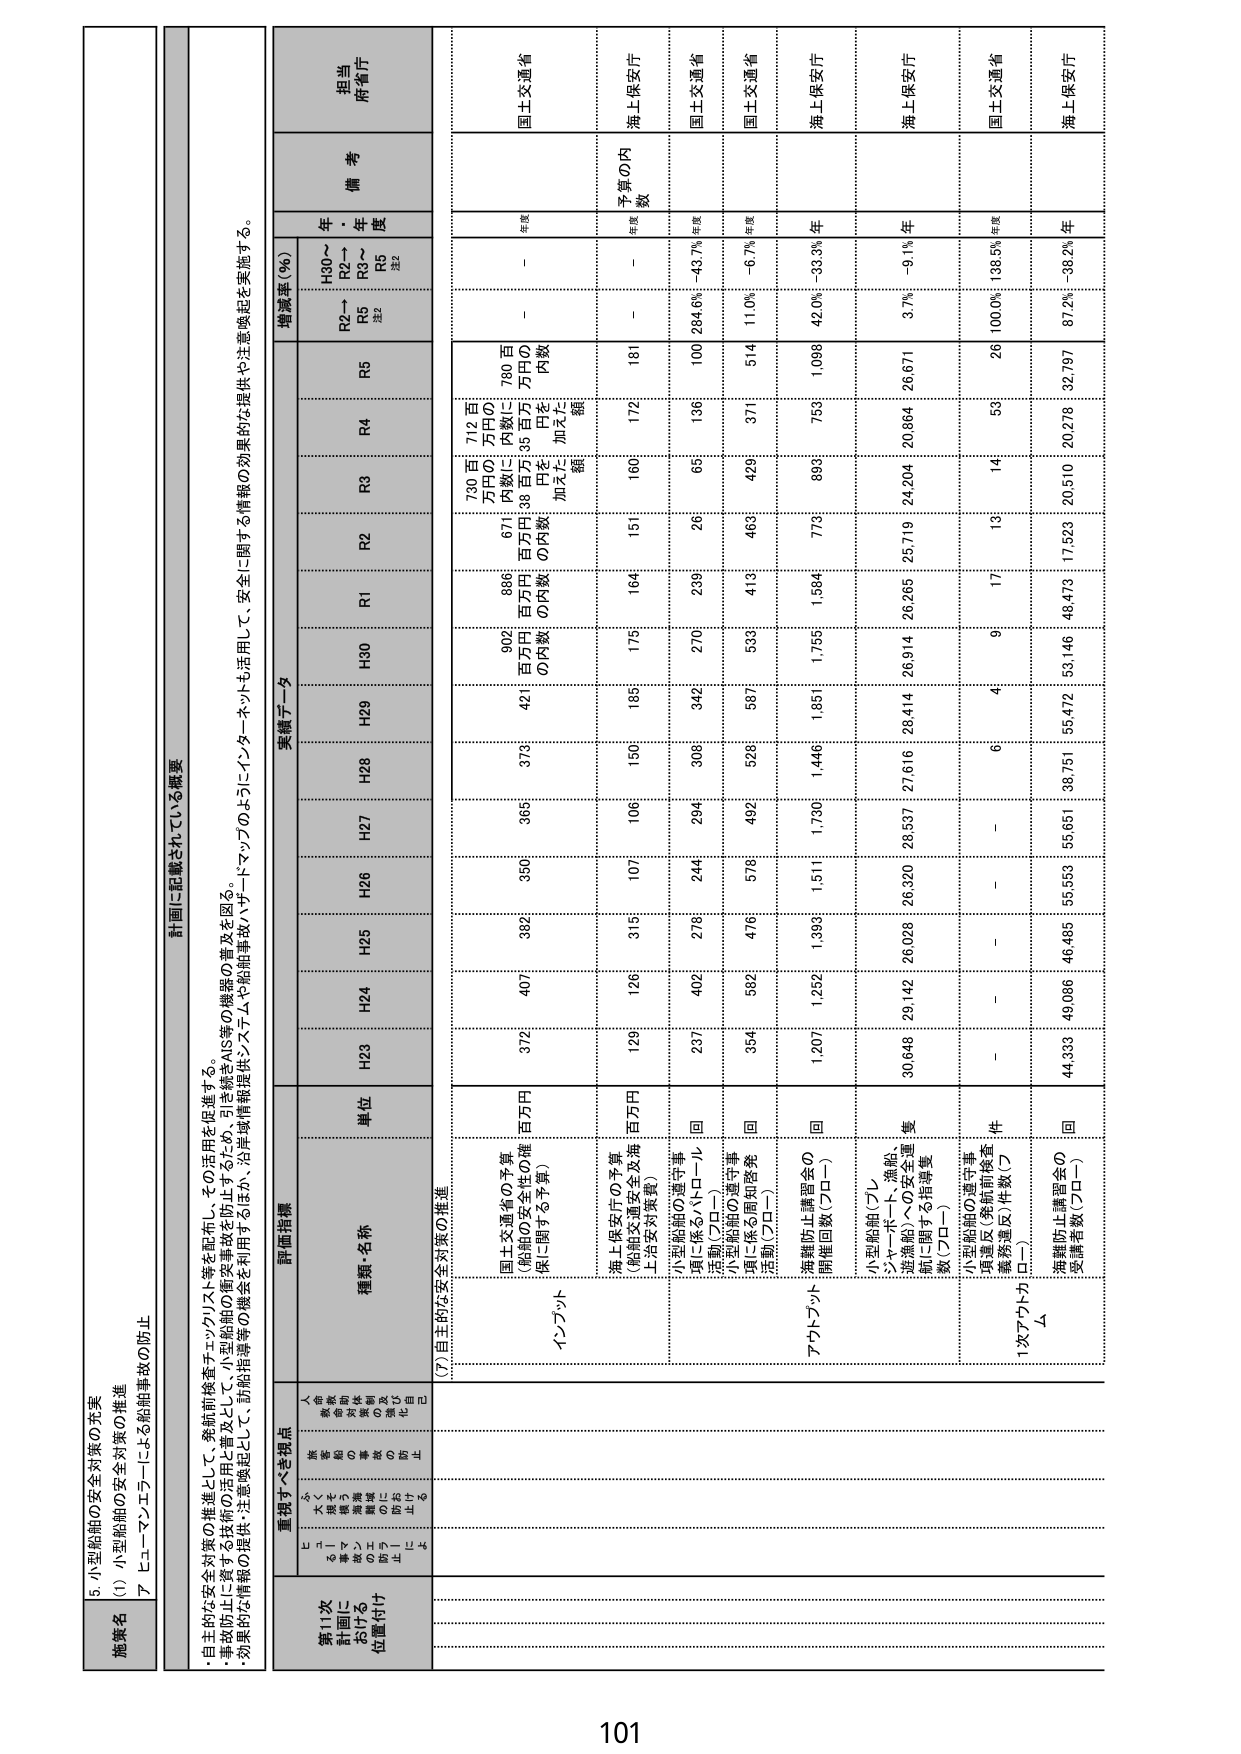
5. 小型船舶の安全対策の充実
(1) 小型船舶の安全対策の推進
ア ヒューマンエラーによる船舶事故の防止

計画に記載されている概要
・自主的な安全対策の推進として、発航前検査チェックリスト等を配布し、その活用を促進する。
・事故防止に資する技術の活用と普及として、小型船舶の衝突を防止するため、引き続きAIS等の機器の普及を図る。
・効果的な情報の提供・注意喚起として、防船指導等の従来を活用するほか、沿岸域情報提供システムや船舶事故レポートマップのようにインターネットも活用して、安全に関する情報の効果的な提供や注意喚起を実施する。

重視すべき視点
第11次
計画に
おける
位置付け
人命・
安全・
環境・
海洋・
資源・
生物多様性・
地球温暖化・
防災・
復興・
防衛・
自立・
共生

評価指標
種類・名称
単位
実績データ
増減率（％）
備考
担当
府省庁
H30～
R2～
R5
注2
年度
R2～
R5
注2
年度

(7) 自主的な安全対策の推進

インプット
国土交通省の予算
（船舶の安全性の確
保に関する予算）
百万円
372
407
382
356
365
379
421
902
886
671
730百万円の内数に
加えた額
712百万円の内数に
加えた額
780百万円の内数
－
－
年度
国土交通省

海上保安庁の予算
（船員交通安全及海
上治安対策費）
百万円
126
126
315
107
106
150
185
176
164
151
160
172
181
－
－
年度
予算の内数
海上保安庁

小型船舶の遵守事
項に係るパトロール
活動（プロー）
回
237
402
276
244
294
306
342
270
236
26
65
136
100
284.6%
-43.7%
年度
国土交通省

小型船舶の遵守事
項に係る周知啓発
活動（プロー）
回
354
582
476
576
482
528
587
536
413
463
429
371
514
11.0%
-6.7%
年度
国土交通省

アウトプット
海難防止講習会の
開催回数（プロー）
回
1,207
1,252
1,393
1,511
1,730
1,446
1,851
1,755
1,584
773
899
753
1,098
42.0%
-33.3%
年
海上保安庁

小型船舶（プレ
ジャーボート、漁船、
遊漁船）への安全宣
伝に関する指導度
数（プロー）
回
30,648
29,142
26,026
26,320
28,537
27,616
28,414
26,914
26,265
25,719
24,204
20,864
26,671
3.7%
-9.1%
年
海上保安庁

小型船舶の遵守事
項違反（発航前検査
義務違反）件数（プ
ロー）
件
－
－
－
－
－
6
4
9
17
13
14
53
26
100.0%
138.5%
年度
国土交通省

次アウトプット
Δ
海難防止講習会の
受講者数（プロー）
回
44,333
49,086
46,485
55,553
55,651
38,751
55,472
53,146
48,473
7,529
20,510
20,278
32,797
87.2%
-38.2%
年
海上保安庁

101